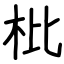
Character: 枇